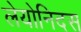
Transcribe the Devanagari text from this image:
लेयोनिदस